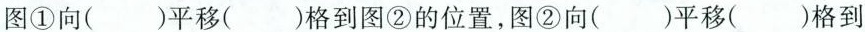
图①向（）平移（）格到图②的位置，图②向（）平移（）格到